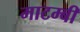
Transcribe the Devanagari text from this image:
माटम्बी